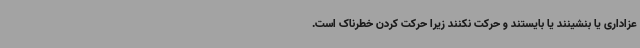
عزاداری یا بنشینند یا بایستند و حرکت نکنند زیرا حرکت کردن خطرناک است.